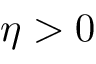
\eta > 0